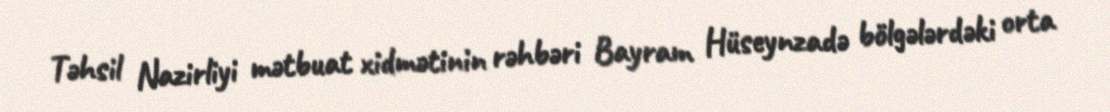
Təhsil Nazirliyi mətbuat xidmətinin rəhbəri Bayram Hüseynzadə bölgələrdəki orta